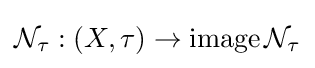
{\mathcal {N}}_{\tau }:(X,\tau )\to \operatorname  {\mathcal {N}}_{\tau }